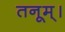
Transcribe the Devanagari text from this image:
तनूम्।